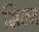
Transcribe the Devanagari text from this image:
मिल्ज